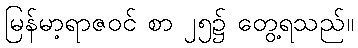
မြန်မာ့ရာဇဝင် စာ ၂၅၌ တွေ့ရသည်။